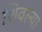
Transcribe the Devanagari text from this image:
शिवल्या